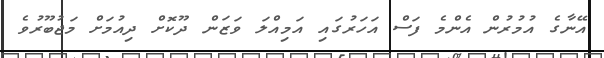
އޭނާގެ އުމުރުން އެންމެ ފަސް އަހަރުގައި އަމިއްލަ ވަޒަން ދޫކޮށް ދިއުމަށް މަޖުބޫރުވެ